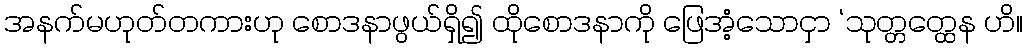
အနက်မဟုတ်တကားဟု စောဒနာဖွယ်ရှိ၍ ထိုစောဒနာကို ဖြေအံ့သောငှာ ‘သုတ္တတ္ထေန ဟိ။